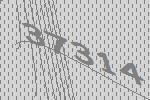
37314